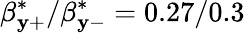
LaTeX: \beta_{\mathbf{y}+}^{*}/\beta_{\mathbf{y}-}^{*}=0.27/0.3